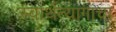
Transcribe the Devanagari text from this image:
स्वार्थत्यागाचा